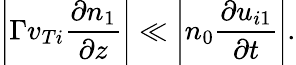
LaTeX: \left|\Gamma v_{Ti}\frac{\partial n_{1}}{\partial z}\right|\ll\left|n_{0}\frac{\partial u_{i1}}{\partial t}\right|.